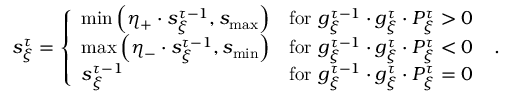
\begin{array} { r } { s _ { \xi } ^ { \tau } = \left\{ \begin{array} { l l } { \mathrm { m i n } \left( \eta _ { + } \cdot s _ { \xi } ^ { \tau - 1 } , s _ { \mathrm { m a x } } \right) } & { \mathrm { f o r } \ g _ { \xi } ^ { \tau - 1 } \cdot g _ { \xi } ^ { \tau } \cdot P _ { \xi } ^ { \tau } > 0 } \\ { \mathrm { m a x } \left( \eta _ { - } \cdot s _ { \xi } ^ { \tau - 1 } , s _ { \mathrm { m i n } } \right) } & { \mathrm { f o r } \ g _ { \xi } ^ { \tau - 1 } \cdot g _ { \xi } ^ { \tau } \cdot P _ { \xi } ^ { \tau } < 0 } \\ { s _ { \xi } ^ { \tau - 1 } } & { \mathrm { f o r } \ g _ { \xi } ^ { \tau - 1 } \cdot g _ { \xi } ^ { \tau } \cdot P _ { \xi } ^ { \tau } = 0 } \end{array} \right. \ . } \end{array}